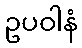
ဥပဝါနံ